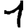
Digit: 1